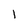
Character: 1